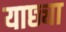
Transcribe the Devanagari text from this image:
याछ्या